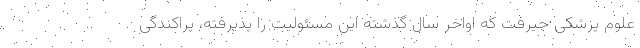
علوم پزشکی جیرفت که اواخر سال گذشته این مسئولیت را پذیرفته، پراکندگی